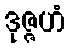
ဒုဇ္ဇဟံ